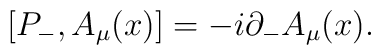
[P_-,A_{\mu}(x)]=-i{\partial}_-A_{\mu}(x).